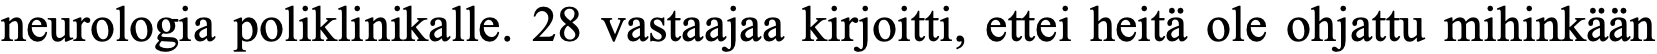
neurologia poliklinikalle. 28 vastaajaa kirjoitti, ettei heitä ole ohjattu mihinkään